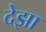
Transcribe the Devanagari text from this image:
देझा